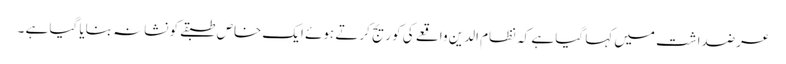
عرضداشت میں کہا گیا ہے کہ نظام الدین واقعے کی کوریج کرتے ہوئے ایک خاص طبقےکو نشانہ بنایا گیا ہے ۔